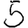
Digit: 5